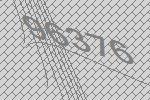
96376